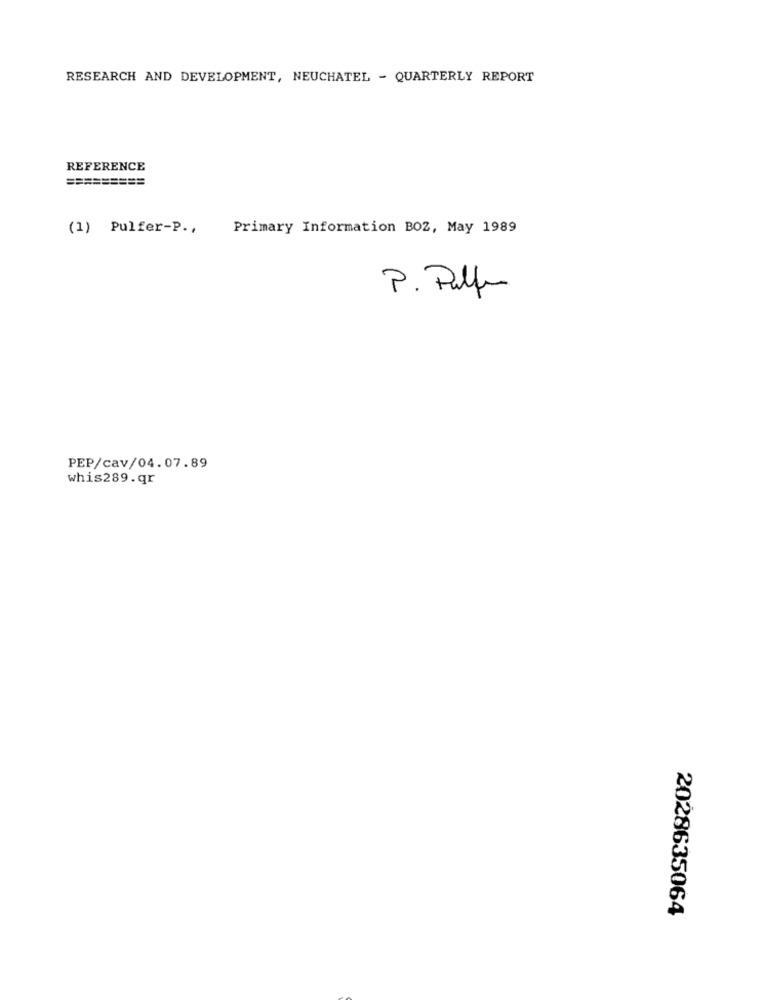
RESEARCH AND DEVELOPMENT, NEUCHATEL - QUARTERLY REPORT
REFERENCE
=========
(1) Pulfer-P .,
Primary Information BOZ, May 1989
P. Palle
PEP/cav/04.07.89
whis289.qr
2028635064